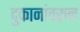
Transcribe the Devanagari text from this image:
दुकानांवरून